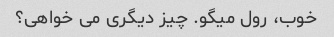
خوب، رول میگو. چیز دیگری می خواهی؟